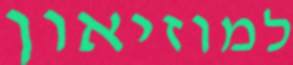
למוזיאון